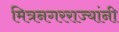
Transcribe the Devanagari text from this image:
मित्रनगरराज्यांनी